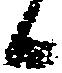
候